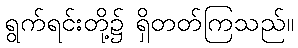
ရွက်ရင်းတို့၌ ရှိတတ်ကြသည်။